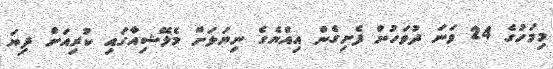
މިމަހުގެ 24 ވަނަ ދުވަހުން ފެށިގެން އިއްޔެގެ ނިޔަލަށް މެލޭޝިއާގައި ކުރިއަށް ދިޔަ